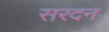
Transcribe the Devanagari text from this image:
सरदन